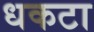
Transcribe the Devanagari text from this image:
धकटा